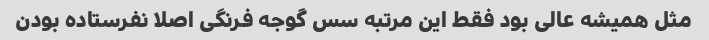
مثل همیشه عالی بود فقط این مرتبه سس گوجه فرنگی اصلا نفرستاده بودن